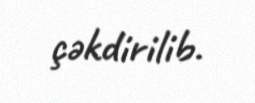
çəkdirilib.